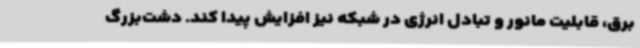
برق، قابلیت مانور و تبادل انرژی در شبکه نیز افزایش پیدا کند. دشت‌بزرگ